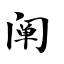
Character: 阐